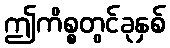
ဤကိစ္စတွင်ခုနှစ်